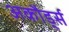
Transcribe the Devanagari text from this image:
अकौर्ड्स